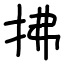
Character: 拂